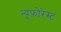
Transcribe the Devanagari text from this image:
न्यूफोरेस्ट